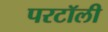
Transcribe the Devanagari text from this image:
परटॉली